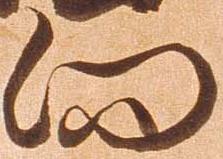
向